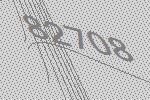
82708